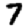
Digit: 7